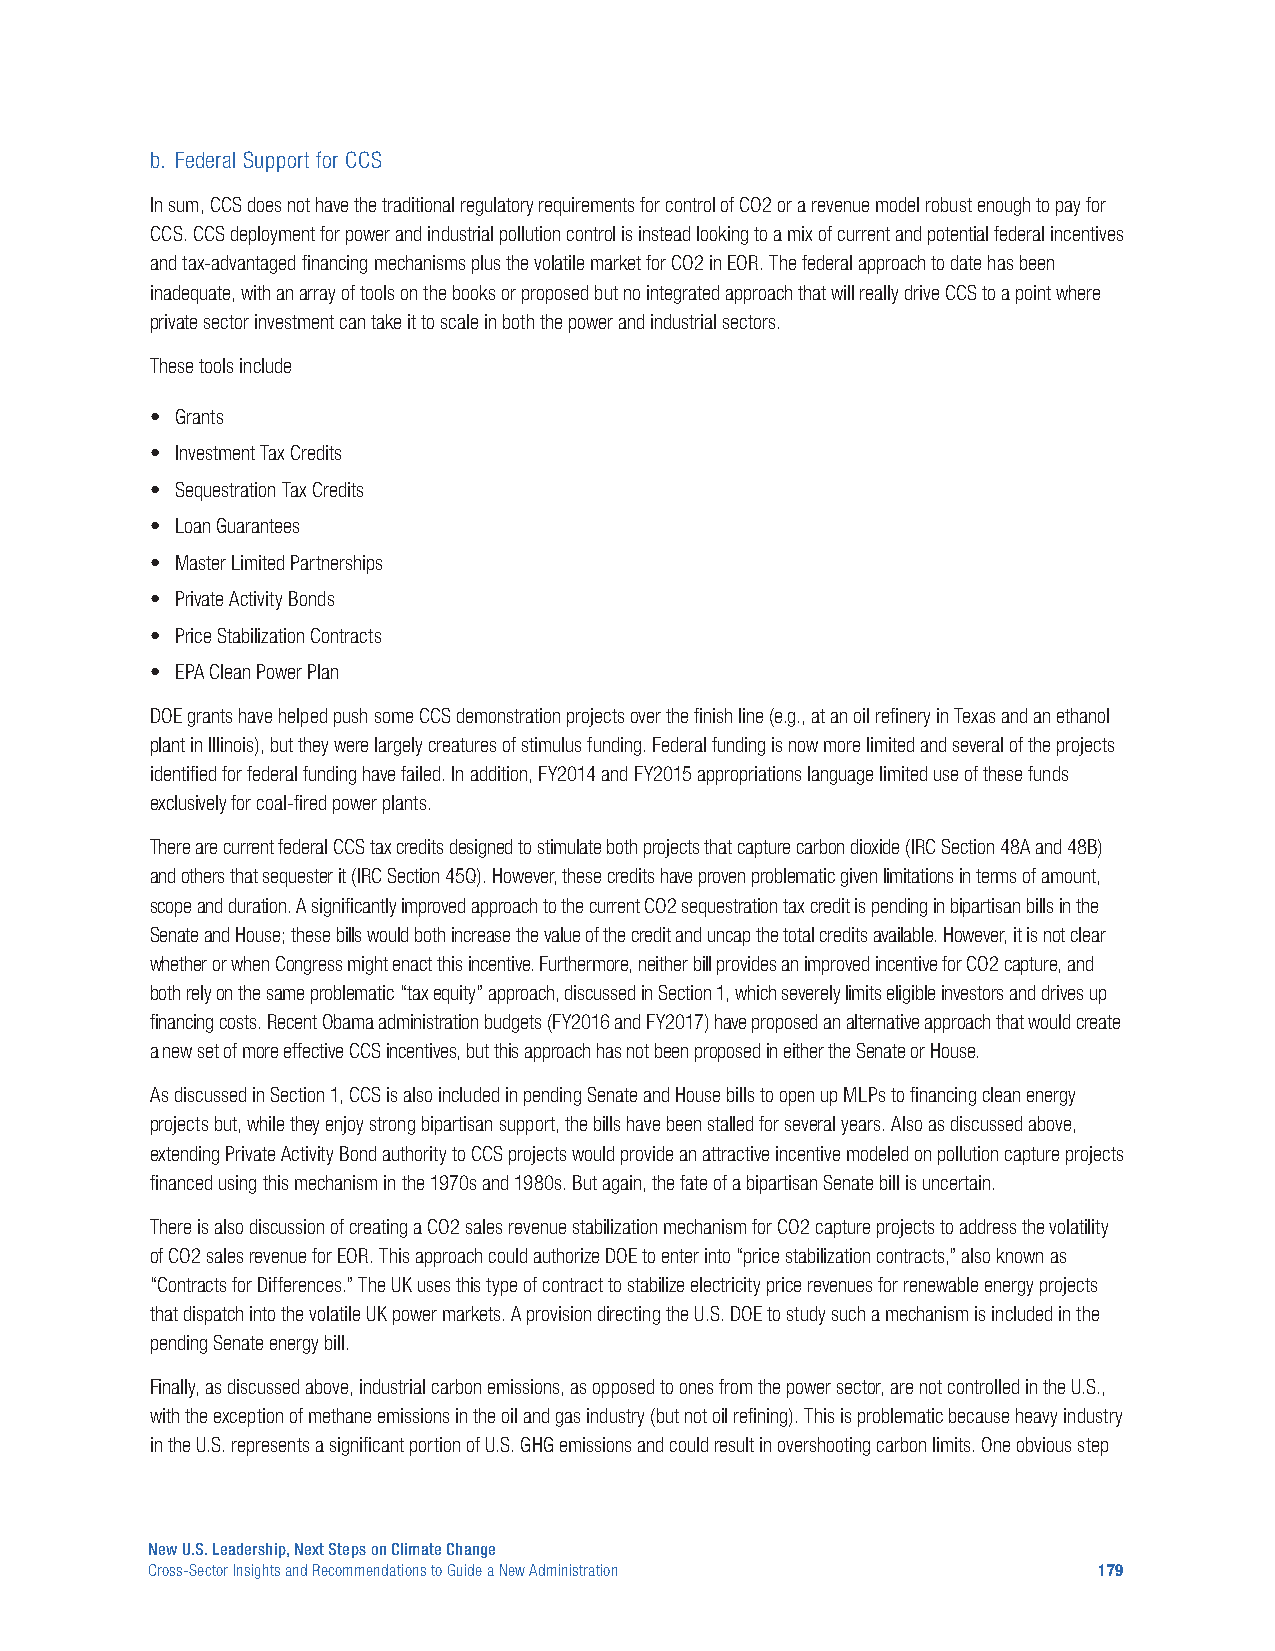
b. Federal Support for CCS
 In sum, CCS does not have the traditional regulatory requirements for control of CO2 or a revenue model robust enough to pay for
 CCS. CCS deployment for power and industrial pollution control is instead looking to a mix of current and potential federal incentives
 and tax-advantaged financing mechanisms plus the volatile market for CO2 in EOR. The federal approach to date has been
 inadequate, with an array of tools on the books or proposed but no integrated approach that will really drive CCS to a point where
 private sector investment can take it to scale in both the power and industrial sectors.
 These tools include
 • Grants
 • Investment Tax Credits
 • Sequestration Tax Credits
 • Loan Guarantees
 • Master Limited Partnerships
 • Private Activity Bonds
 • Price Stabilization Contracts
 • EPA Clean Power Plan
 DOE grants have helped push some CCS demonstration projects over the finish line (e.g., at an oil refinery in Texas and an ethanol
 plant in Illinois), but they were largely creatures of stimulus funding. Federal funding is now more limited and several of the projects
 identified for federal funding have failed. In addition, FY2014 and FY2015 appropriations language limited use of these funds
 exclusively for coal-fired power plants.
 There are current federal CCS tax credits designed to stimulate both projects that capture carbon dioxide (IRC Section 48A and 48B)
 and others that sequester it (IRC Section 45Q). However, these credits have proven problematic given limitations in terms of amount,
 scope and duration. A significantly improved approach to the current CO2 sequestration tax credit is pending in bipartisan bills in the
 Senate and House; these bills would both increase the value of the credit and uncap the total credits available. However, it is not clear
 whether or when Congress might enact this incentive. Furthermore, neither bill provides an improved incentive for CO2 capture, and
 both rely on the same problematic “tax equity” approach, discussed in Section 1, which severely limits eligible investors and drives up
 financing costs. Recent Obama administration budgets (FY2016 and FY2017) have proposed an alternative approach that would create
 a new set of more effective CCS incentives, but this approach has not been proposed in either the Senate or House.
 As discussed in Section 1, CCS is also included in pending Senate and House bills to open up MLPs to financing clean energy
 projects but, while they enjoy strong bipartisan support, the bills have been stalled for several years. Also as discussed above,
 extending Private Activity Bond authority to CCS projects would provide an attractive incentive modeled on pollution capture projects
 financed using this mechanism in the 1970s and 1980s. But again, the fate of a bipartisan Senate bill is uncertain.
 There is also discussion of creating a CO2 sales revenue stabilization mechanism for CO2 capture projects to address the volatility
 of CO2 sales revenue for EOR. This approach could authorize DOE to enter into “price stabilization contracts,” also known as
 “Contracts for Differences.” The UK uses this type of contract to stabilize electricity price revenues for renewable energy projects
 that dispatch into the volatile UK power markets. A provision directing the U.S. DOE to study such a mechanism is included in the
 pending Senate energy bill.
 Finally, as discussed above, industrial carbon emissions, as opposed to ones from the power sector, are not controlled in the U.S.,
 with the exception of methane emissions in the oil and gas industry (but not oil refining). This is problematic because heavy industry
 in the U.S. represents a significant portion of U.S. GHG emissions and could result in overshooting carbon limits. One obvious step
 New U.S. Leadership, Next Steps on Climate Change
 Cross-Sector Insights and Recommendations to Guide a New Administration 179